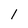
Character: l